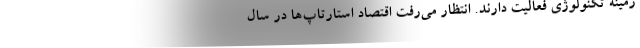
زمینه تکنولوژی فعالیت دارند. انتظار می‌رفت اقتصاد استارتاپ‌ها در سال